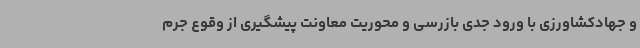
و جهادکشاورزی با ورود جدی بازرسی و محوریت معاونت پیشگیری از وقوع جرم